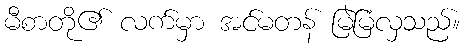
မီစာတို၏ လက်မှာ အင်မတန် မြဲမြံလှသည်။